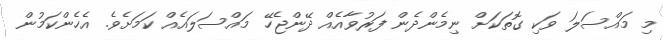
މި މައްސަލަ ވަކި ގޮތަކަށް ނިމެންދެން ފަރުވާއެއް ދޭންޖެހޭ މައްސަލައެއް ކަމަށެވެ. އެހެންކަމުން